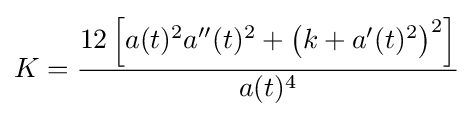
K={\frac {12\left[a(t)^{2}a''(t)^{2}+\left(k+a'(t)^{2}\right)^{2}\right]}{a(t)^{4}}}